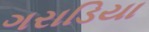
ગરાડિયા